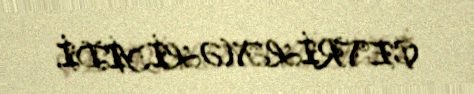
ÇEVRİLMƏLİYİDİ.